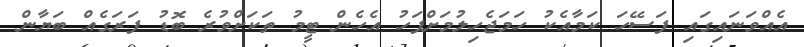
އެއްވަނައިގައި ފަސޭހަ ކަމާއެކު ހަމަޖެހިލުމަށްފަހު އެހެން ޓީމު ތަކަށްވުރެ ބޮޑު ފަރަގެއް ބަޔާން